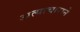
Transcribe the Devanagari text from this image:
अत्याचाराने